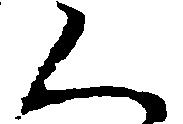
く